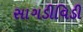
સાગડીવિડી